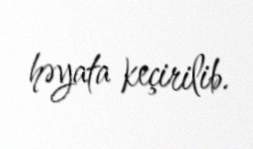
həyata keçirilib.